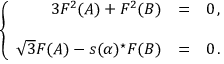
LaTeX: \left\{ \begin{array} { r c l } { { 3 F ^ { 2 } ( A ) + F ^ { 2 } ( B ) } } & { { = } } & { { 0 \, , } } \\ { { } } & { { } } & { { } } \\ { { \sqrt { 3 } F ( A ) - s ( \alpha ) { } ^ { \star } F ( B ) } } & { { = } } & { { 0 \, . } } \end{array} \right.